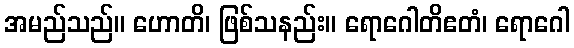
အမည်သည်။ ဟောတိ၊ ဖြစ်သနည်း။ ရောဂေါတိဧတံ၊ ရောဂေါ